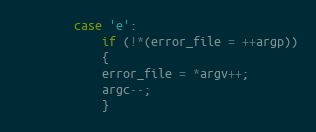
Language: C
		case 'e':
		    if (!*(error_file = ++argp))
		    {
			error_file = *argv++;
			argc--;
		    }